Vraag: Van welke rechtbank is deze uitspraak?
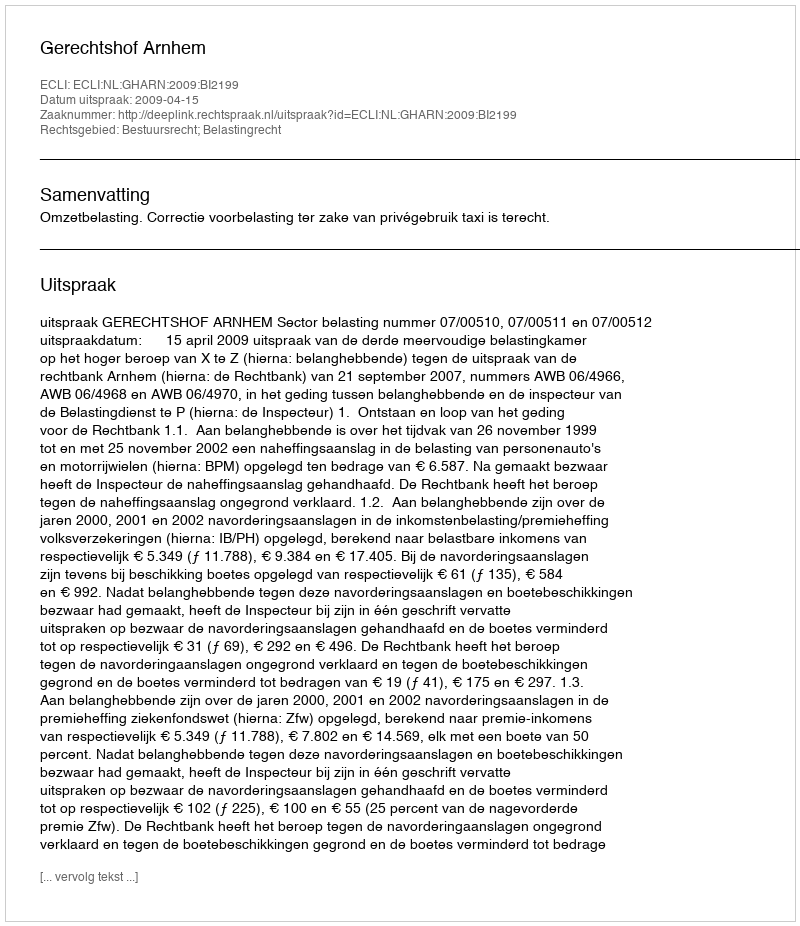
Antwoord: Gerechtshof Arnhem